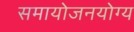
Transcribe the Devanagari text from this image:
समायोजनयोग्‍य